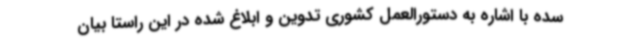
سده با اشاره به دستورالعمل کشوری تدوین و ابلاغ شده در این راستا بیان